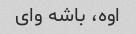
اوه، باشه وای